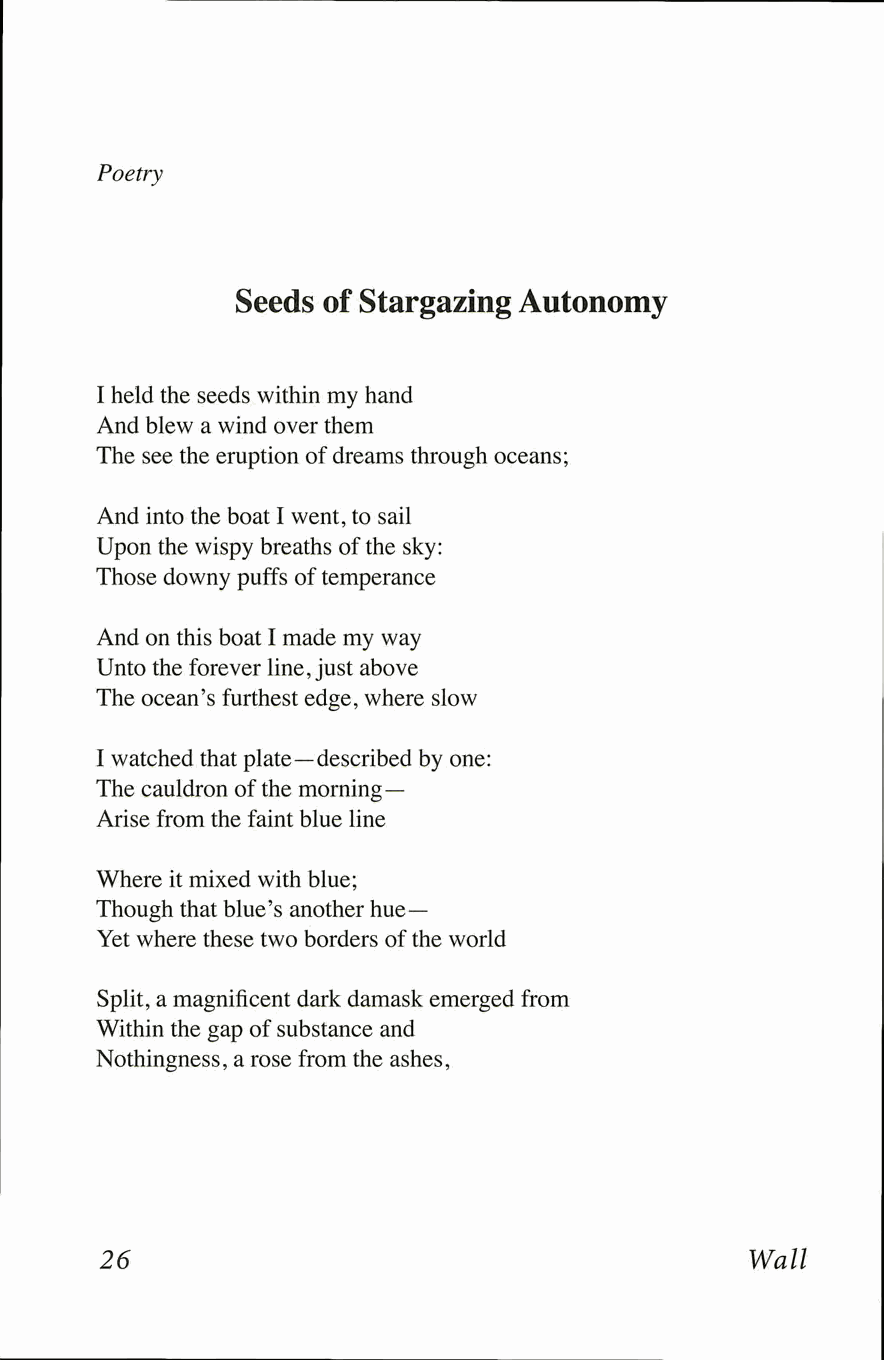
Poetry
 Seeds of Stargazing Autonomy
 I held the seeds within my hand
 And blew a wind over them
 The see the eruption of dreams through oceans;
 And into the boat I went, to sail
 Upon the wispy breaths of the sky:
 Those downy puffs of temperance
 And on this boat I made my way
 Unto the forever line, just above
 The ocean's furthest edge, where slow
 I watched that plate—described by one:
 The cauldron of the morning—
 Arise from the faint blue line
 Where it mixed with blue;
 Though that blue's another hue—
 Yet where these two borders of the world
 Split, a magnificent dark damask emerged from
 Within the gap of substance and
 Nothingness, a rose from the ashes,
 26                                        Wall